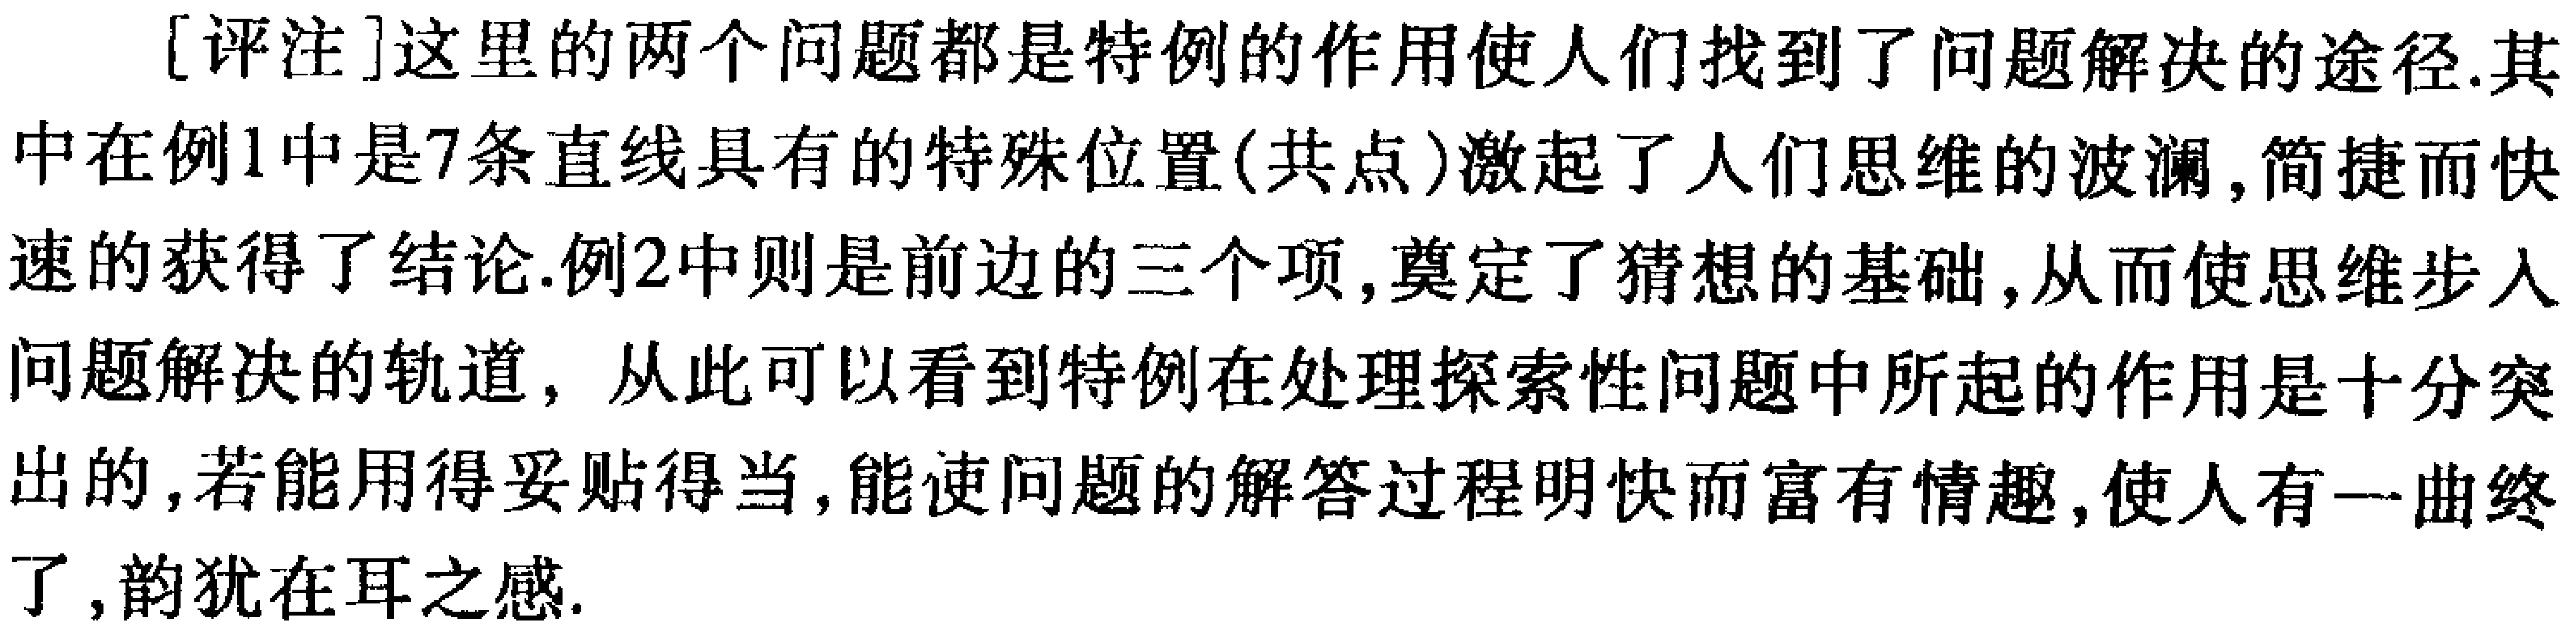
[评注]这里的两个问题都是特例的作用使人们找到了问题解决的途径.其中在例1中是7条直线具有的特殊位置(共点)激起了人们思维的波澜,简捷而快速的获得了结论.例2中则是前边的三个项,奠定了猜想的基础,从而使思维步入问题解决的轨道, 从此可以看到特例在处理探索性问题中所起的作用是十分突出的,若能用得妥贴得当,能使问题的解答过程明快而富有情趣,使人有一曲终了,韵犹在耳之感.